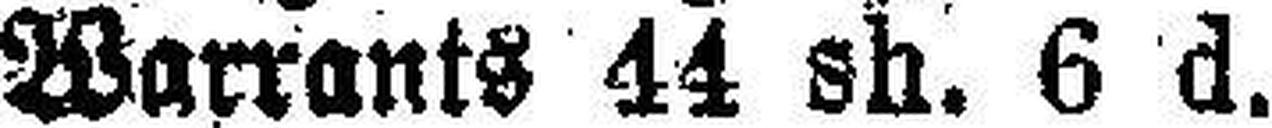
Warrants 44 sh. 6 d.